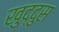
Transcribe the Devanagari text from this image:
खुद्दुस